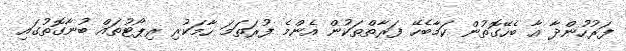
ފަރުހުންދާ އާ ބެހޭގޮތުން ކަމާބެހޭ ފަރާތްތަކުން އެންމެ ފުރަތަމަ ހާމަކުރި ރިޕޯޓުތައް ބުނާގޮތުގައި